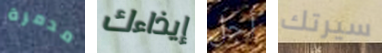
مدمرة إيذاءك أجل سيرتك